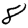
Digit: 8